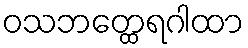
ဝသဘတ္ထေရဂါထာ